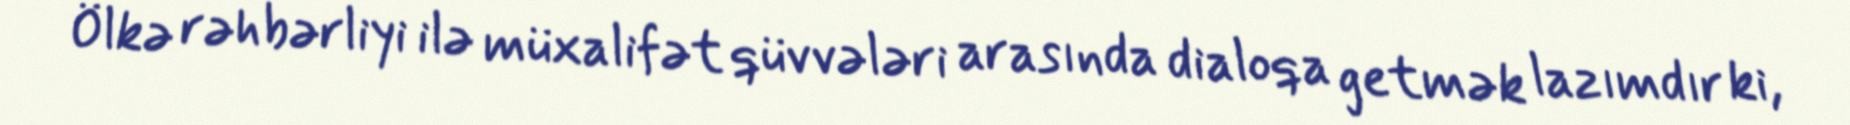
Ölkə rəhbərliyi ilə müxalifət qüvvələri arasında dialoqa getmək lazımdır ki,